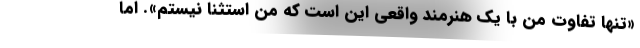
«تنها تفاوت من با یک هنرمند واقعی این است که من استثنا نیستم». اما